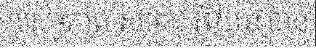
ប្រសិទ្ធភាព សមាជ វីយែន បាន